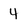
Character: 4